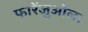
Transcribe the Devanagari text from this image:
फारेंजुओला